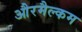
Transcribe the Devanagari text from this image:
औरमैल्कम